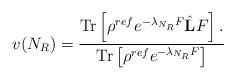
LaTeX: \begin{align*}v(N_R) = \frac{\mathrm{Tr}\left[{\rho^{ref}e^{-\lambda_{N_R}F}} \hat{\mathbf{L}}F\right].} {\mathrm{Tr}\left[\rho^{ref}e^{-\lambda_{N_R}F}\right]}\end{align*}